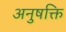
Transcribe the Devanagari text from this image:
अनुषक्ति